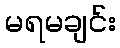
မရမချင်း